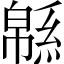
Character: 緜